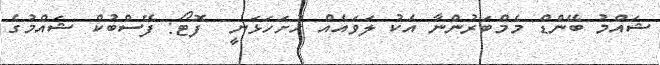
ޝައްމު ބޭންޑް މެމްބަރުންނާ އެކު ލަވައެއް ހުށަހަޅަނީ  ފޮޓޯ: ފޭސްބުކް ޝައްމުގެ